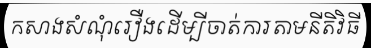
កសាងសំណុំរឿងដើម្បីចាត់ការតាមនីតិវិធី